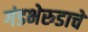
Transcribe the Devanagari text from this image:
गंडभेरुडाचे